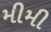
મીમી